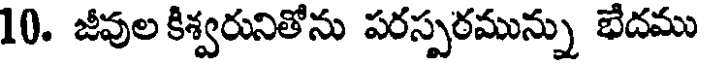
10. జీవుల కిశ్వరునితోను పరస్పరమున్ను భేదము